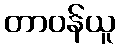
တာဝန်ယူ